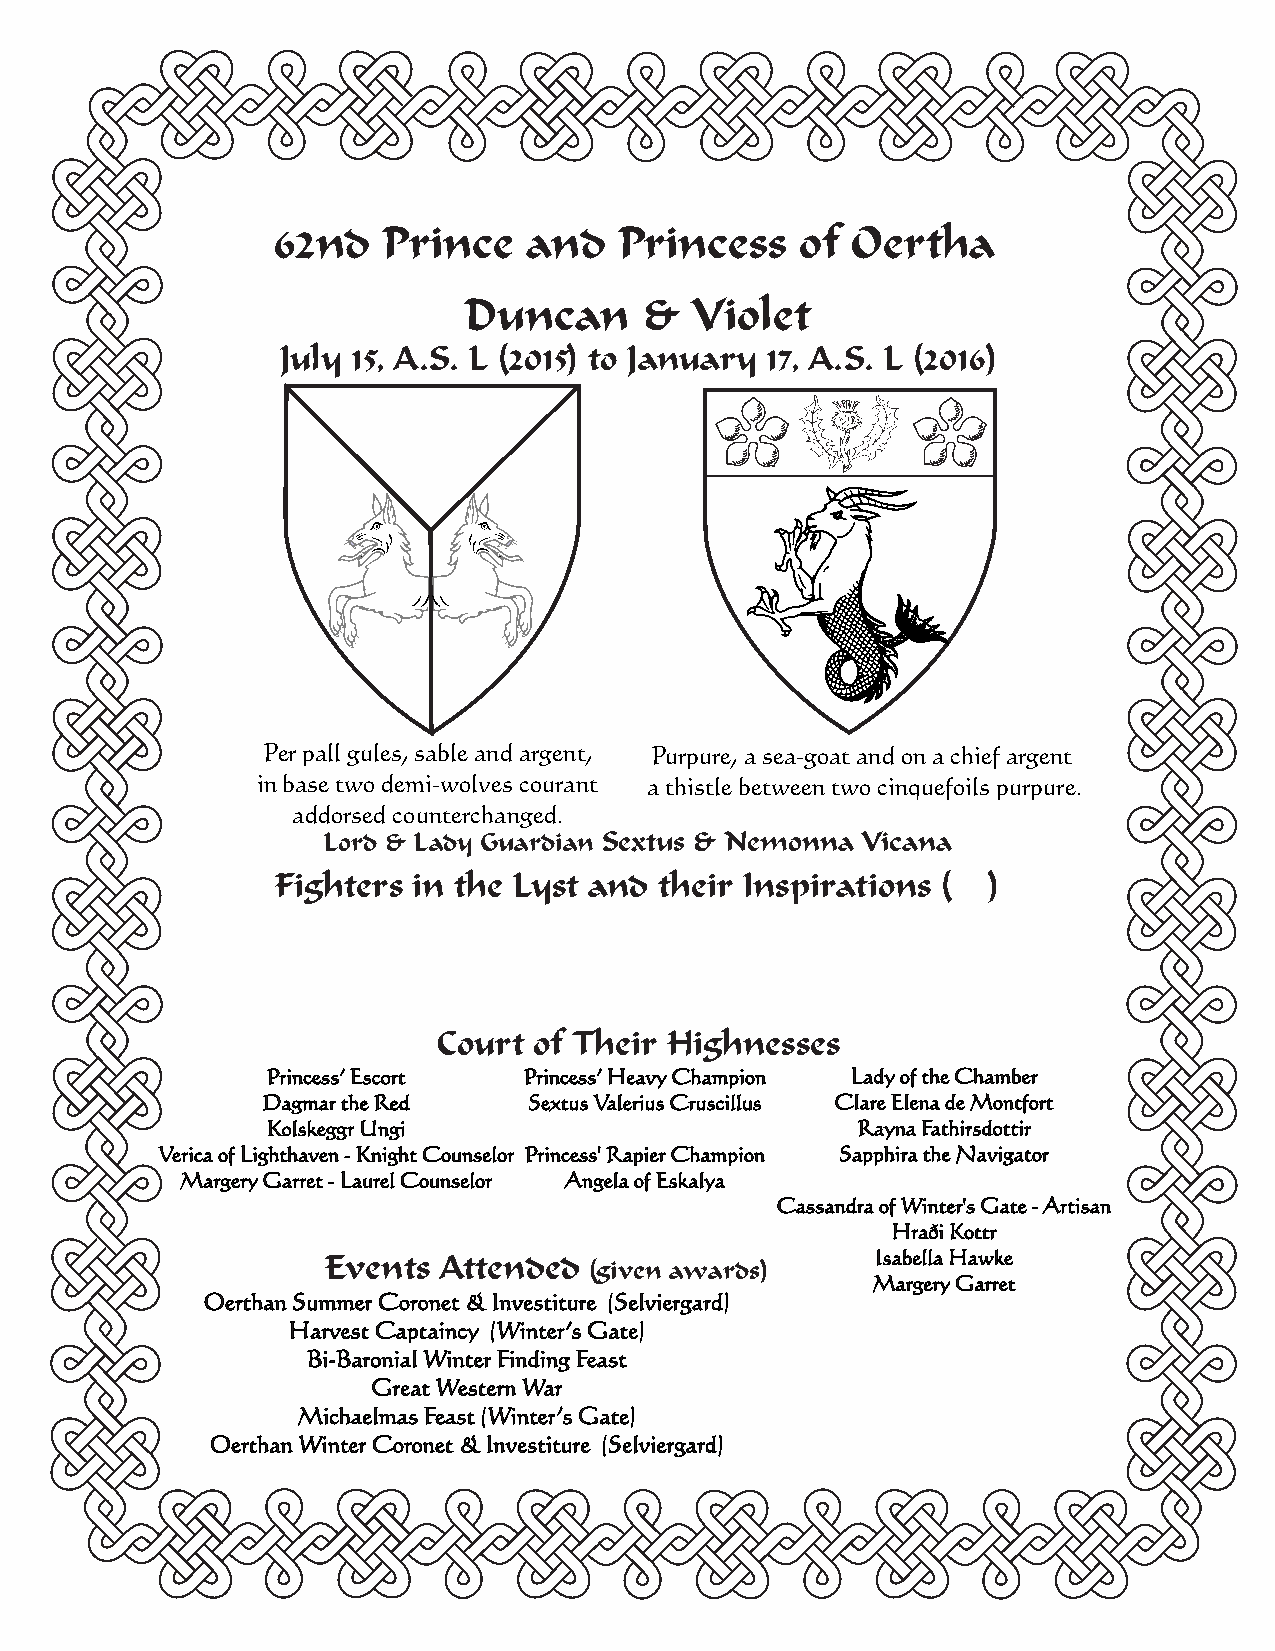
62nd   Prince    and   Princess    of Oertha
 Duncan     &   Violet
 July 15, A.S. L (2015) to January 17, A.S. L (2016)
 Per pall gules, sable and argent, Purpure, a sea-goat and on a chief argent
 in base two demi-wolves courant a thistle between two cinquefoils purpure.
 addorsed counterchanged.
 Lord & Lady Guardian Sextus & Nemonna Vicana
 Fighters in the Lyst and  their Inspirations ( )
 Court of Their Highnesses
 Princess’ Escort Princess’ Heavy Champion Lady of the Chamber
 Dagmar the Red    Sextus Valerius Cruscillus Clare Elena de Montfort
 Kolskeggr Ungi                         Rayna Fathirsdottir
 Verica of Lighthaven - Knight Counselor Princess' Rapier Champion Sapphira the Navigator
 Margery Garret - Laurel Counselor Angela of Eskalya
 Cassandra of Winter's Gate - Artisan
 Hraði Kottr
 Events  Attended                     Isabella Hawke
 (given awards)
 Margery Garret
 Oerthan Summer Coronet & Investiture (Selviergard)
 Harvest Captaincy (Winter’s Gate)
 Bi-Baronial Winter Finding Feast
 Great Western War
 Michaelmas Feast (Winter’s Gate)
 Oerthan Winter Coronet & Investiture (Selviergard)